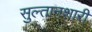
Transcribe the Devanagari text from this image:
सुल्तानशारी